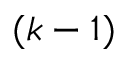
( k - 1 )